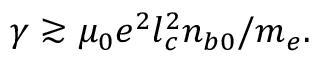
\gamma \gtrsim \mu _ { 0 } e ^ { 2 } l _ { c } ^ { 2 } n _ { b 0 } / m _ { e } .